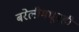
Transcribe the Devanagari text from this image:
बरेलीमधूनही